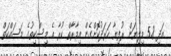
އަދި 5.8 މިލިޔަން ރުފިޔާ ހަރަދުކޮށްގެން އިމާރާތް ކުރާ އެ މިސްކިތުގެ މަސައްކަތް